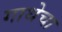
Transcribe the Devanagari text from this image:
गाथेचा